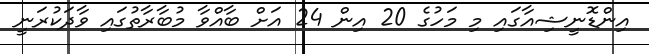
އިންޑޮނީޝިއާގައި މި މަހުގެ 20 އިން 24 އަށް ބާއްވާ މުބާރާތުގައި ވާދަކުރަނީ